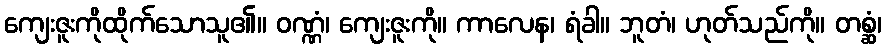
ကျေးဇူးကိုထိုက်သောသူ၏။ ဝဏ္ဏံ၊ ကျေးဇူးကို။ ကာလေန၊ ရံခါ။ ဘူတံ၊ ဟုတ်သည်ကို။ တစ္ဆံ၊